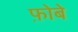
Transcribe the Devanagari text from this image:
फ़ोबे